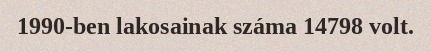
1990-ben lakosainak száma 14798 volt.